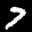
Label: 7